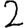
Digit: 2